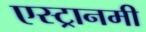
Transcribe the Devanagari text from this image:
एस्ट्रानमी